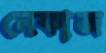
নেফাজ